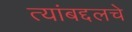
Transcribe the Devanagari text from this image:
त्यांबद्दलचे